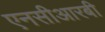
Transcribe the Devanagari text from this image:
एनसीआरबी